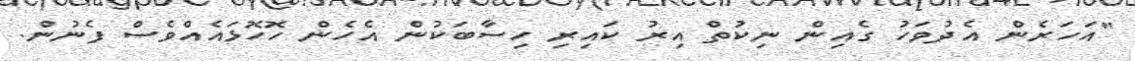
"އަހަރެން އެދުވަހު ގެއިން ނިކުތް އިރު ކައިރި ހިސާބަކުން އެހެން ހޮހޮޅައެއްވެސް ފެނުން.